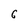
Character: 6